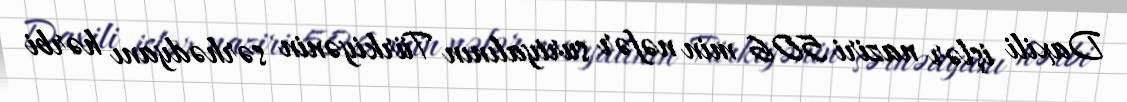
Daxili işlər naziri 506 min nəfər suriyalının Türkiyənin sərhədyanı hərbi